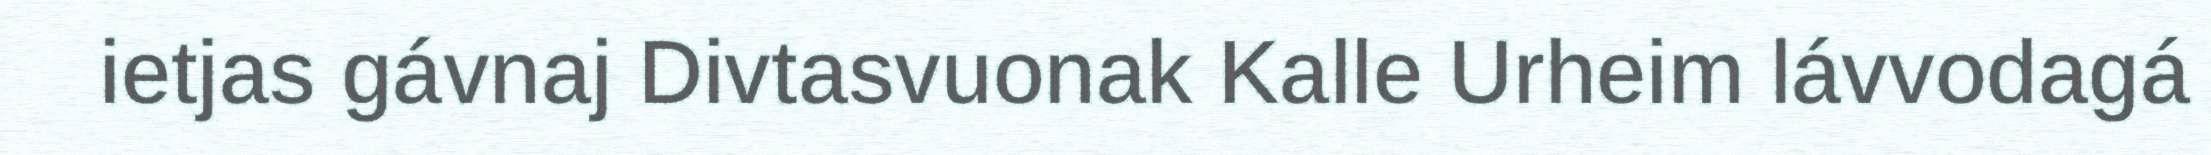
ietjas gávnaj Divtasvuonak Kalle Urheim lávvodagá